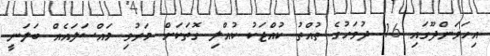
އިހަވަންދޫގައި 16 ދުވަހުގެ ތުއްތު ކުއްޖަކު ކުއްލި ގޮތަކަށް މަރުވި މައްސަލައެއް ބަލަނީ